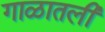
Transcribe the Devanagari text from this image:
गाळातली